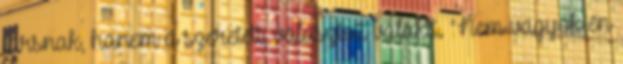
társnak, hanem a szeretett, választott valakit. "Nem vagyok én